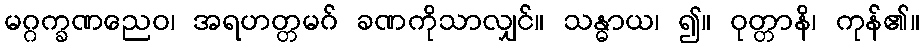
မဂ္ဂက္ခဏညေဝ၊ အရဟတ္တမဂ် ခဏကိုသာလျှင်။ သန္ဓာယ၊ ၍။ ဝုတ္တာနိ၊ ကုန်၏။